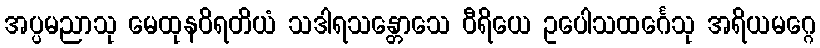
အပ္ပမညာသု မေထုနဝိရတိယံ သဒါရသန္တောသေ ဝီရိယေ ဥပေါသထင်္ဂေသု အရိယမဂ္ဂေ